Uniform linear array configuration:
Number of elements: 16
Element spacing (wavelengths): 0.25
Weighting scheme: exponential
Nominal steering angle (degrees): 0
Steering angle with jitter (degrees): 1.147
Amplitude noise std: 0.05
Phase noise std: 0.05

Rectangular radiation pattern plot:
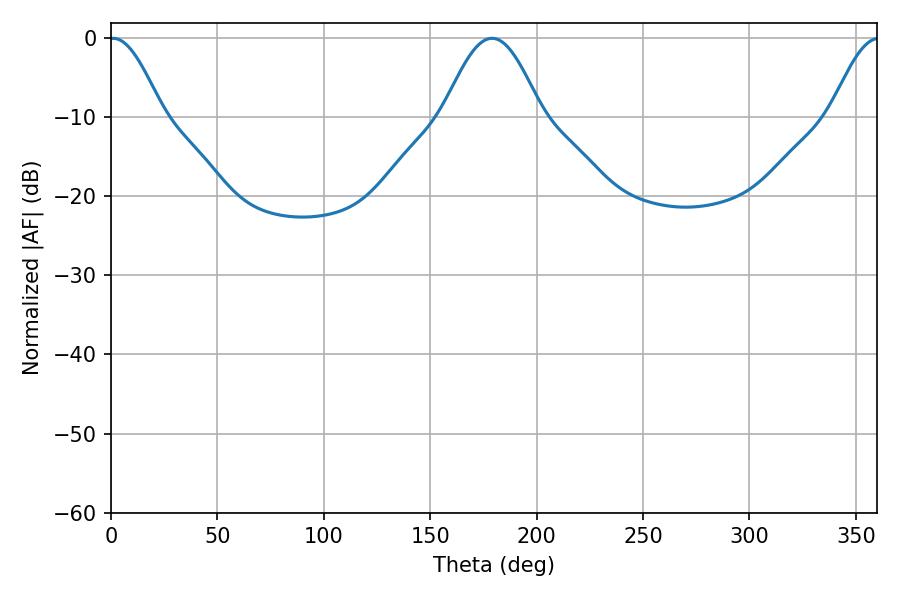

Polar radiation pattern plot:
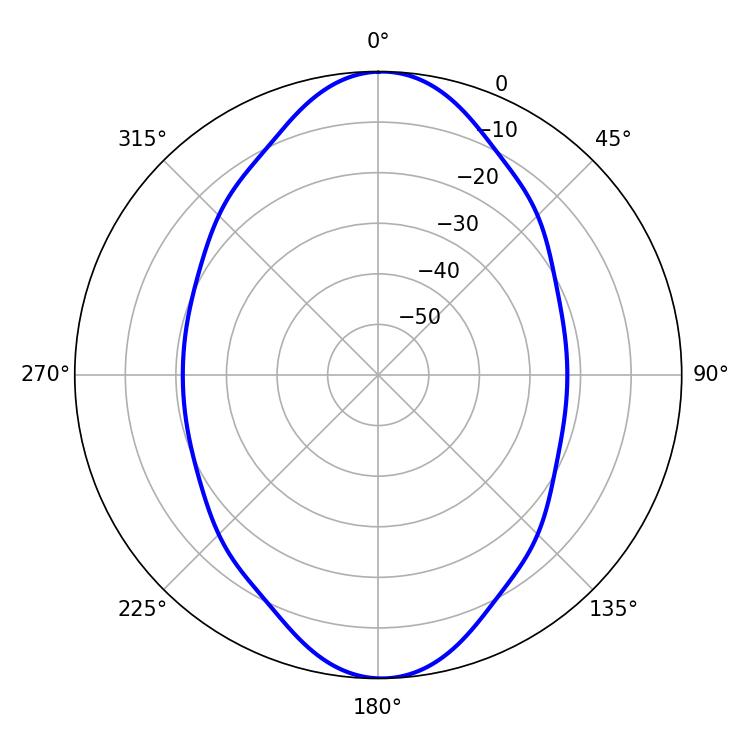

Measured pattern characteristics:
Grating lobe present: FALSE
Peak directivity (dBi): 22.407
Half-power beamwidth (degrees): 13.32
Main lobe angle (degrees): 0.9